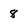
Character: 8